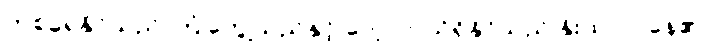
တစ်ခုရနိုင်သည် ကြုံတွေ့သည်နှင့် လေ့လာသိရှိနိုင်သည် နိုးထလာနေ၏